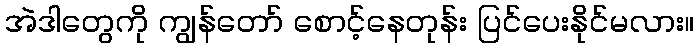
အဲဒါတွေကို ကျွန်တော် စောင့်နေတုန်း ပြင်ပေးနိုင်မလား။